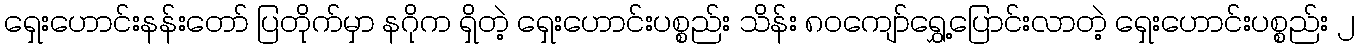
ရှေးဟောင်းနန်းတော် ပြတိုက်မှာ နဂိုက ရှိတဲ့ ရှေးဟောင်းပစ္စည်း သိန်း ၈၀ကျော်ရွှေ့ပြောင်းလာတဲ့ ရှေးဟောင်းပစ္စည်း ၂